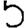
Digit: 5